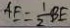
A F = \frac { 1 } { 2 } B E